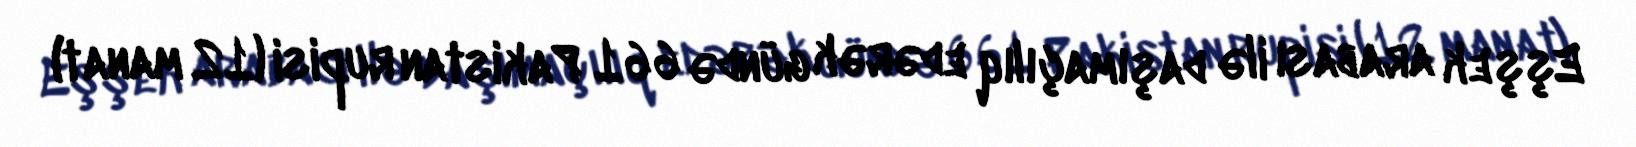
Eşşek arabası ilə daşımaçılıq edərək gündə 661 Pakistan rupisi (12 manat)